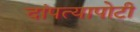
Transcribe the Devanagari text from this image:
दांपत्यापोटी